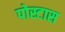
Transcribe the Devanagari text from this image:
पोस्टास